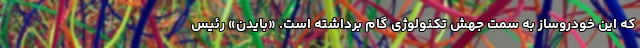
که این خودروساز به سمت جهش تکنولوژی گام برداشته است. «بایدن» رئیس